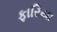
ફારિયા